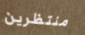
منتظرين